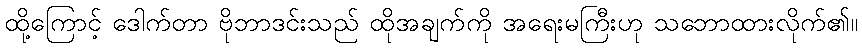
ထို့ကြောင့် ဒေါက်တာ ဗိုဘာဒင်းသည် ထိုအချက်ကို အရေးမကြီးဟု သဘောထားလိုက်၏။